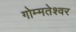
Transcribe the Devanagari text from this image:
गोम्मतेश्वर